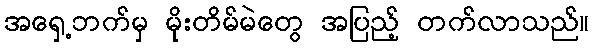
အရှေ့ဘက်မှ မိုးတိမ်မဲတွေ အပြည့် တက်လာသည်။